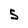
Character: 5